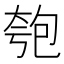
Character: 匏